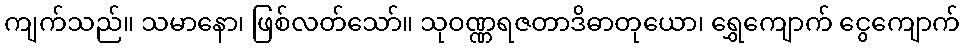
ကျက်သည်။ သမာနော၊ ဖြစ်လတ်သော်။ သုဝဏ္ဏရဇတာဒိဓာတုယော၊ ရွှေကျောက် ငွေကျောက်